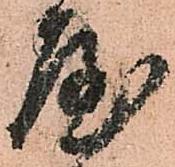
屋